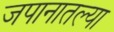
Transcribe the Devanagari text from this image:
जपानातल्या